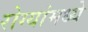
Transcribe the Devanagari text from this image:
रोग्यांमध्ये